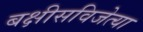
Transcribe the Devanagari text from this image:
बक्षीसविजेत्या